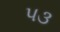
પ૩